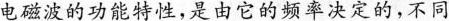
电磁波的功能特性，是由它的频率决定的，不同